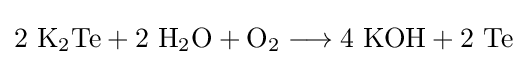
\mathrm {2\ K_{2}Te+2\ H_{2}O+O_{2}\longrightarrow 4\ KOH+2\ Te}